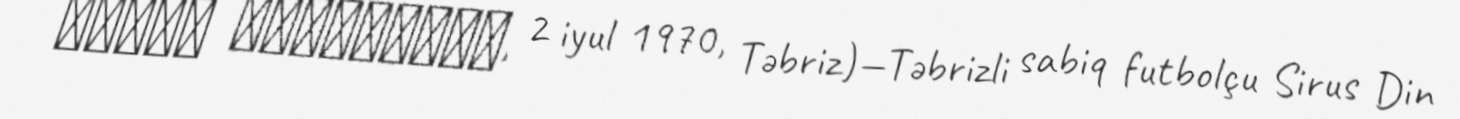
سیروس دین‌محمدی, 2 iyul 1970, Təbriz)—Təbrizli sabiq futbolçu Sirus Din